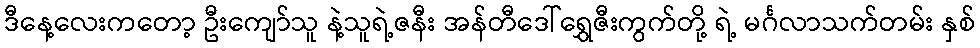
ဒီနေ့လေးကတော့ ဦးကျော်သူ နဲ့သူရဲ့ဇနီး အန်တီဒေါ်ရွှေဇီးကွက်တို့ ရဲ့ မင်္ဂလာသက်တမ်း နှစ်